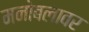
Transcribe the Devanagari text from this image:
मनोबलावर